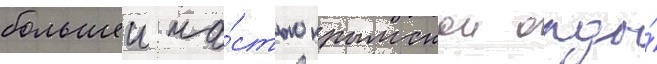
большеи ча́стью крымскои орды́